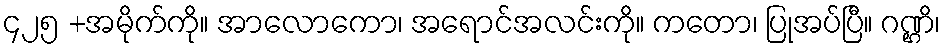
၄၂၅ +အမိုက်ကို။ အာလောကော၊ အရောင်အလင်းကို။ ကတော၊ ပြုအပ်ပြီ။ ဂဏ္ဌိ၊